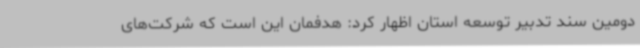
دومین سند تدبیر توسعه استان اظهار کرد: هدفمان این است که شرکت‌های